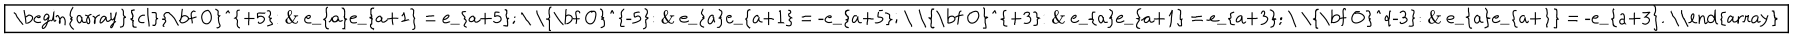
LaTeX: \fbox { \begin{array} { c l } { { { \bf O } ^ { + 5 } : } } & { { e _ { a } e _ { a + 1 } = e _ { a + 5 } ; } } \\ { { { \bf O } ^ { - 5 } : } } & { { e _ { a } e _ { a + 1 } = - e _ { a + 5 } ; } } \\ { { { \bf O } ^ { + 3 } : } } & { { e _ { a } e _ { a + 1 } = e _ { a + 3 } ; } } \\ { { { \bf O } ^ { - 3 } : } } & { { e _ { a } e _ { a + 1 } = - e _ { a + 3 } . } } \\ \end{array} }